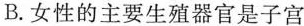
B.女性的主要生殖器官是子宫